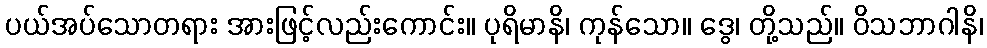
ပယ်အပ်သောတရား အားဖြင့်လည်းကောင်း။ ပုရိမာနိ၊ ကုန်သော။ ဒွေ၊ တို့သည်။ ဝိသဘာဂါနိ၊